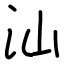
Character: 汕